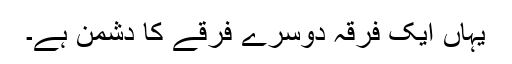
یہاں ایک فرقہ دوسرے فرقے کا دشمن ہے۔